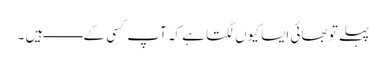
پہلے تو بھائی ایسا کیوں لگتا ہے کہ آپ کسی کے ـــــــــ ہیں ۔